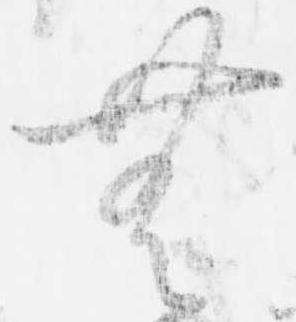
無